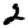
Digit: 2